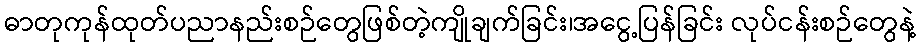
ဓာတုကုန်ထုတ်ပညာနည်းစဉ်တွေဖြစ်တဲ့ကျိုချက်ခြင်း၊အငွေ့ပြန်ခြင်း လုပ်ငန်းစဉ်တွေနဲ့